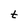
Character: t